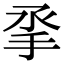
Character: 𢪻